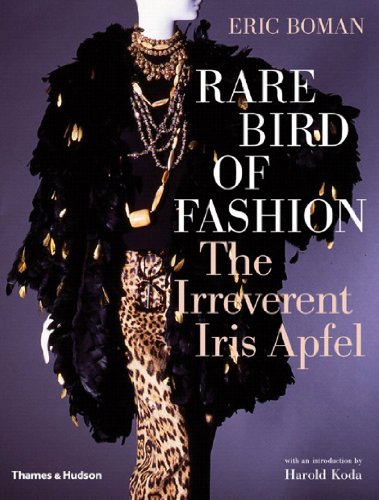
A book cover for Rare Bird of Fashion: The Irreverent Iris Apfel; Eric Boman; Arts & Photography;